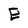
Character: E